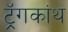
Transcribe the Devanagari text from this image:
ट्रॅगकांथ